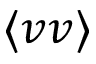
\langle v v \rangle